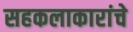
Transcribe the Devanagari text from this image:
सहकलाकारांचे